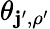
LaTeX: \theta_{\mathbf{j}^{\prime},\rho^{\prime}}